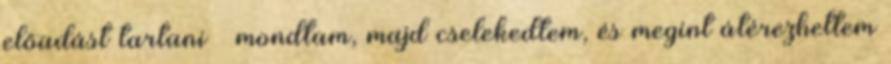
előadást tartani – mondtam, majd cselekedtem, és megint átérezhettem